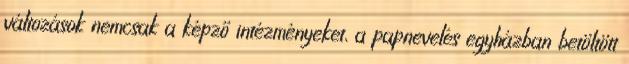
változások nemcsak a képző intézményeket, a papnevelés egyházban betöltött